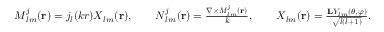
\begin{array} { r } { { \boldsymbol { M } } _ { l m } ^ { j } ( { \bf r } ) = j _ { l } ( k r ) \boldsymbol { X } _ { l m } ( { \bf r } ) , \qquad { \boldsymbol { N } } _ { l m } ^ { j } ( { \bf r } ) = \frac { \boldsymbol { \nabla } \times { \boldsymbol { M } } _ { l m } ^ { j } ( { \bf r } ) } { k } , \qquad \boldsymbol { X } _ { l m } ( { \bf r } ) = \frac { { \bf { L } } Y _ { l m } ( \theta , \varphi ) } { \sqrt { l ( l + 1 ) } } . } \end{array}